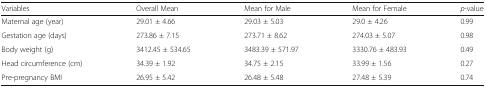
| Variables | Overall Mean | Mean for Male | Mean for Female | p-value |
 | --- | --- | --- | --- | --- |
 | Maternal age (year) | 29.01 ± 4.66 | 29.03 ± 5.03 | 29.0 ± 4.26 | 0.99 |
 | Gestation age (days) | 273.86 ± 7.15 | 273.71 ± 8.62 | 274.03 ± 5.07 | 0.98 |
 | Body weight (g) | 3412.45 ± 534.65 | 3483.39 ± 571.97 | 3330.76 ± 483.93 | 0.49 |
 | Head circumference (cm) | 34.39 ± 1.92 | 34.75 ± 2.15 | 33.99 ± 1.56 | 0.27 |
 | Pre-pregnancy BMI | 26.95 ± 5.42 | 26.48 ± 5.48 | 27.48 ± 5.39 | 0.74 |